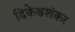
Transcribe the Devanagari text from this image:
दिकेश्वशंकर